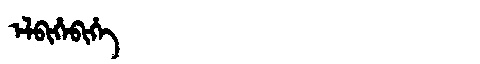
Manchu: ᡝᠯᠪᡳᡥᡝᠪᡳᡥᡝ
Romanization: ELBIHEBIHE